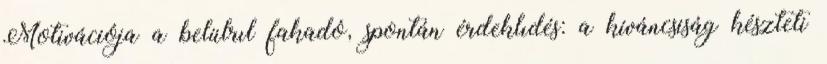
Motivációja a belülrıl fakadó, spontán érdeklıdés: a kíváncsiság készteti